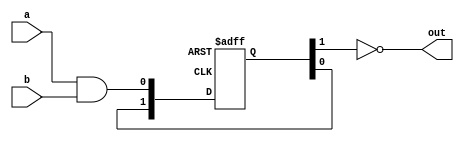
module nand_gate_delay (
    input wire a,
    input wire b,
    output reg out
);

// Timing control and synchronization blocks
reg [1:0] delay_reg;
always @(posedge clk, posedge reset) begin
    if (reset) begin
        delay_reg <= 2'b00;
    end else begin
        delay_reg <= {delay_reg[0], a & b};
    end
end

// NAND gate implementation with delay
always @* begin
    out = ~(delay_reg[1]);
end

endmodule